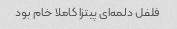
فلفل دلمه‌ای پیتزا کاملا خام بود